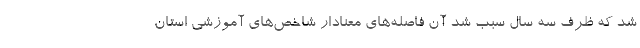
شد که ظرف سه سال سبب شد آن فاصله‌های معنادار شاخص‌های آموزشی استان